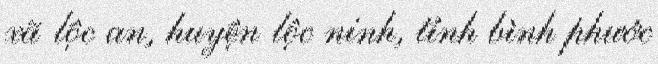
xã lộc an, huyện lộc ninh, tỉnh bình phước